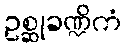
ဥစ္ဆုခဏ္ဍိကံ